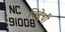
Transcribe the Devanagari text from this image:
विद्देची